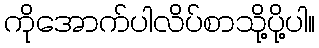
ကိုအောက်ပါလိပ်စာသို့ပို့ပါ။